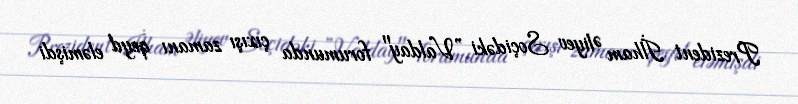
Prezident İlham Əliyev Soçidəki ”Valday" forumunda çıxışı zamanı qeyd eləmişdi